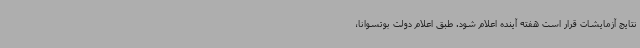
نتایج آزمایشات قرار است هفته آینده اعلام شود. طبق اعلام دولت بوتسوانا،